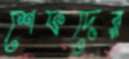
শেফদের